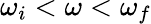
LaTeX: \omega_{i}<\omega<\omega_{f}